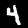
Label: 4